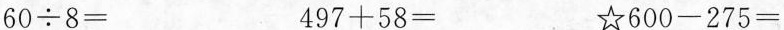
$$60 \div 8 =$$ $$4 9 7 + 5 8 =$$ ☆$$6 0 0 - 2 7 5 =$$